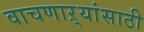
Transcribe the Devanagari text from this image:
वाचणाऱ्यांसाठी